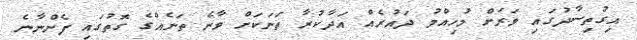
އިގުތިސާދުގައި ވަރަށް މުހިއްމު ދައުރެއް އަދާކުރާ ތަނަކަށް ވާނެ ތަނެއްގެ ގޮތުގައި ފެންނާނެ